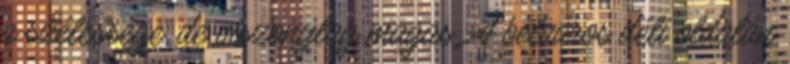
a szélessége, de viszonylag magas. A belváros déli oldalán